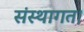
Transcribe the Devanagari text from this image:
संस्थागत।